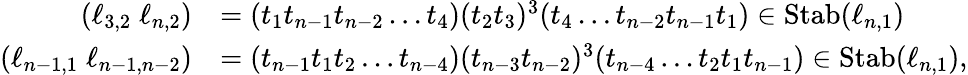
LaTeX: \begin{array}{rl}{(\ell_{3,2}\; \ell_{n,2})}&{=(t_{1}t_{n-1}t_{n-2}\dots t_{4})(t_{2}t_{3})^{3}(t_{4}\dots t_{n-2}t_{n-1}t_{1})\in{\operatorname{Stab}}(\ell_{n,1})}\\ {(\ell_{n-1,1}\; \ell_{n-1,n-2})}&{=(t_{n-1}t_{1}t_{2}\dots t_{n-4})(t_{n-3}t_{n-2})^{3}(t_{n-4}\dots t_{2}t_{1}t_{n-1})\in{\operatorname{Stab}}(\ell_{n,1}),}\end{array}